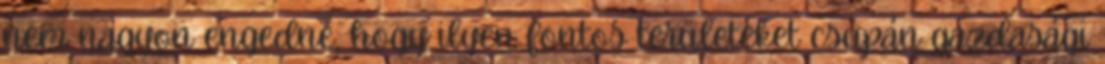
nem nagyon engedné, hogy ilyen fontos területeket csupán gazdasági